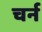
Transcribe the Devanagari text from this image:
चर्न